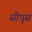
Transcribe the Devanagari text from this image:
सीपृस